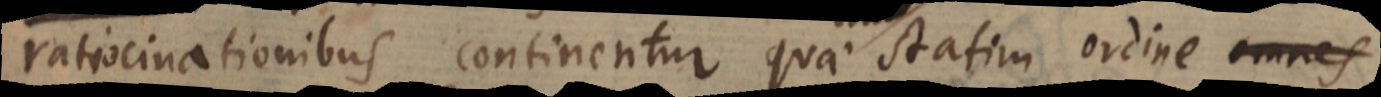
ratiocinationibus continentur quae duo statim ordine omnes